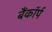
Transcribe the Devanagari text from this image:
बैंकॉर्प